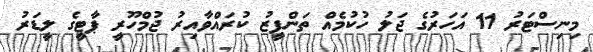
މިނިސްޓަރު 11 އަހަރުގެ ޖަލު ހުކުމެއް ތަންފީޒު ކުރައްވާއިރު ޖުމްހޫރީ ޕާޓީގެ ލީޑަރު